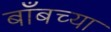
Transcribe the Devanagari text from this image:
बाँबच्या